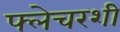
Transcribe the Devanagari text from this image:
फ्लेचरशी